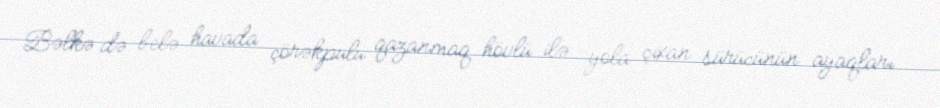
Bəlkə də belə havada çörəkpulu qazanmaq hövlü ilə yola çıxan sürücünün ayaqları